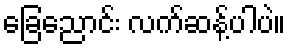
ခြေညောင်း လက်ဆန့်ပါပဲ။